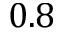
0 . 8